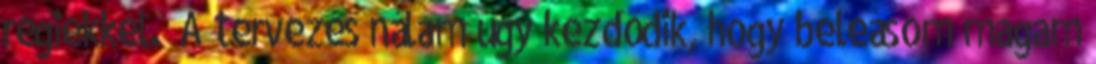
régiekkel. „A tervezés nálam úgy kezdődik, hogy beleásom magam